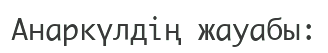
Анаркүлдің жауабы: